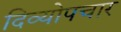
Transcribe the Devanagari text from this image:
दिव्योपचार